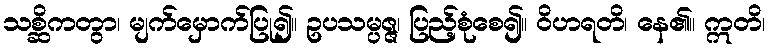
သစ္ဆိကတွာ၊ မျက်မှောက်ပြု၍။ ဥပသမ္ပဇ္ဇ၊ ပြည့်စုံစေ၍။ ဝိဟရတိ၊ နေ၏။ ဣတိ၊